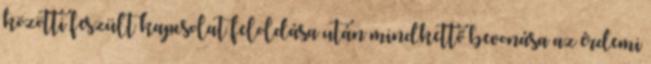
közötti feszült kapcsolat feloldása után mindkettő bevonása az érdemi